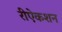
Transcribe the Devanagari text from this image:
रीऐकशन